Annual report on the health of the army in India
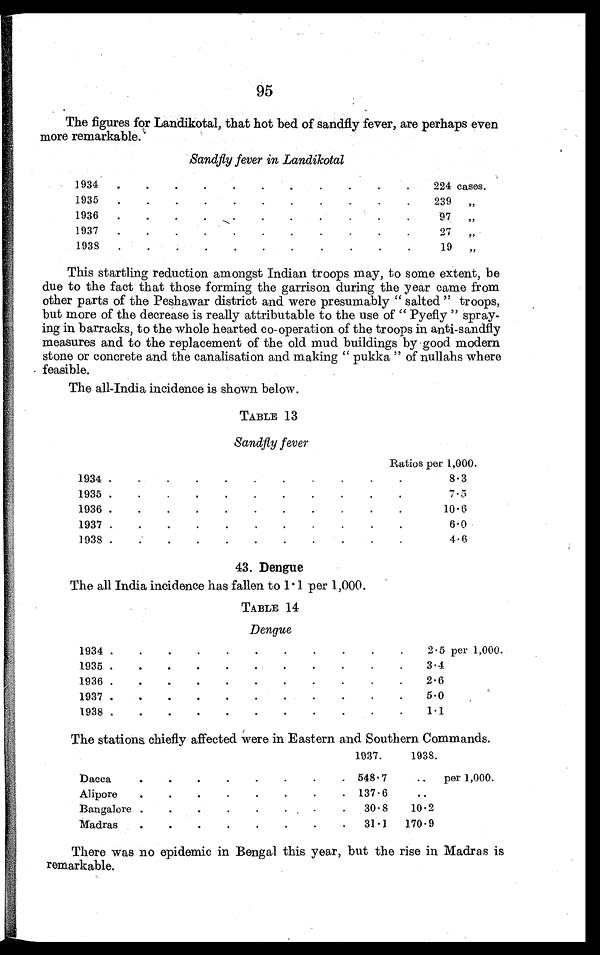
95
The figures for Landikotal, that hot bed of sandfly fever, are perhaps even
more remarkable.
sandfly fever in Landikotal
1934
.
.
.
.
.
.
.
.
.
.
.
224 cases.
1935
.
.
.
.
.
.
.
.
.
.
.
239
„
1936
.
.
,
.
•
•
•
-
-
•
9 7
„
1937
.
.
.
.
.
.
.
.
•
•
27
„
1938
.
.
.
.
.
.
.
.
.
.
.
19
„
This startling reduction amongst Indian troops may, to some extent, be
due to the fact that those forming the garrison during the year came from
other parts of the Peshawar district and were presumably “ salted ” troops,
but more of the decrease is really attributable to the use of “ Pyefly ” spray-
ing in barracks, to the whole hearted co-operation of the troops in anti-sandfly
measures and to the replacement of the old mud buildings by good modern
stone or concrete and the canalisation and making “ pukka ” of nullahs where
feasible.
The all-India incidence is shown below.
TABLE 13
Sandfly fever
Ratios per 1,000.
1934
..
.
.
.
.
.
.
.
8.3
1935 .
.
.
.
.
.
.
.
.
.
.
7.5
1936
.
.
.
.
.
.
.
•
.
10 . 6
1937
.
.
. .
.
.
.
.
6.0
1938 .
..
•
•
-
•
.
.
4.6
43. Dengue
The all India incidence has fallen to 1 . 1 per 1,000.
TABLE 14
Dengue
1934 .
.
.
.
.
.
.
.
.
.
.
2.5 per 1,000.
1935 .
.
.
.
•
.
.
.
.
.
3.4
1936 .
.
.
.
.
.
.
.
.
.
.
2.6
1937 .
.
.
.
.
.
.
.
.
.
.
5.0
1938 .
.
.
.
.
.
.
.
.
.
.
1.1
The stations chiefly affected were in Eastern and Southern Commands.
1937.
1938.
Dacca
.
.
.
.
.
.
.
. 548 . 7
..
per 1,000.
Alipore
.
.
.
.
.
.
.
137 . 6
..
Bangalore
.
.
.
.
.
.
.
.
30 . 8
10.2
Madras
.
.
.
.
.
.
.
.
31 . 1
170.9
There was no epidemic in Bengal this year, but the rise in Madras is
remarkable.